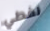
نغطي